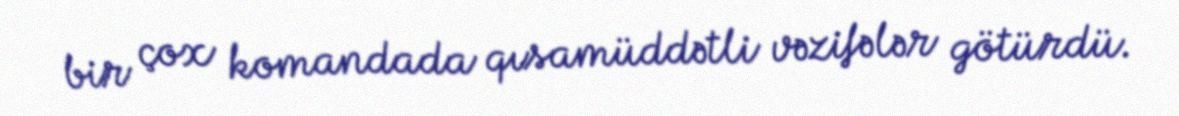
bir çox komandada qısamüddətli vəzifələr götürdü.